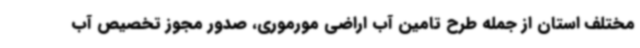
مختلف استان از جمله طرح تامین آب اراضی مورموری، صدور مجوز تخصیص آب